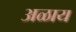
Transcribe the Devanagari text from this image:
अळाय